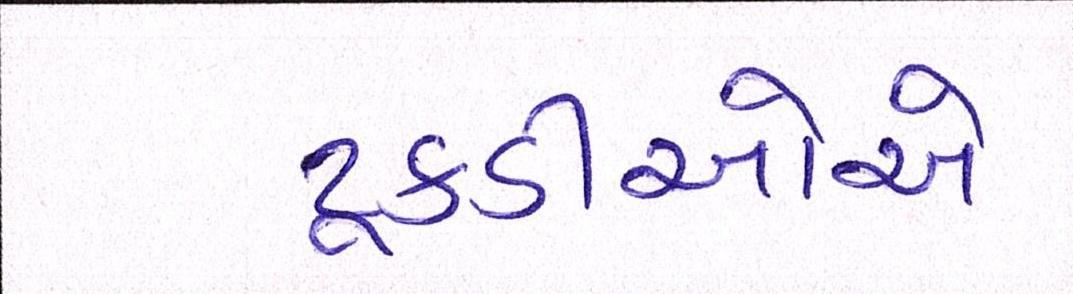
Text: ટૂકડીઓએ